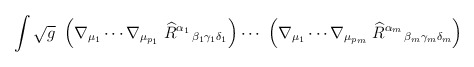
\begin{align*}\int \sqrt{g}\ \left( \nabla _{\mu _{1}}\cdots \nabla _{\mu _{p_{1}}}\left. \widehat{R}^{\alpha _{1}}\right. _{\beta _{1}\gamma _{1}\delta _{1}}\right)\cdots \ \left( \nabla _{\mu _{1}}\cdots \nabla _{\mu _{p_{m}}}\left. \widehat{R}^{\alpha _{m}}\right. _{\beta _{m}\gamma _{m}\delta _{m}}\right)\ \end{align*}